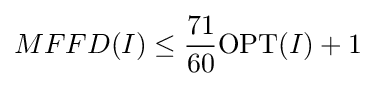
MFFD(I)\leq {\frac {71}{60}}\mathrm {OPT} (I)+1